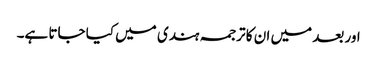
اور بعد میں ان کا ترجمہ ہندی میں کیا جاتا ہے۔